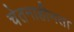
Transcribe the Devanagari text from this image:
चेतनाहीनता